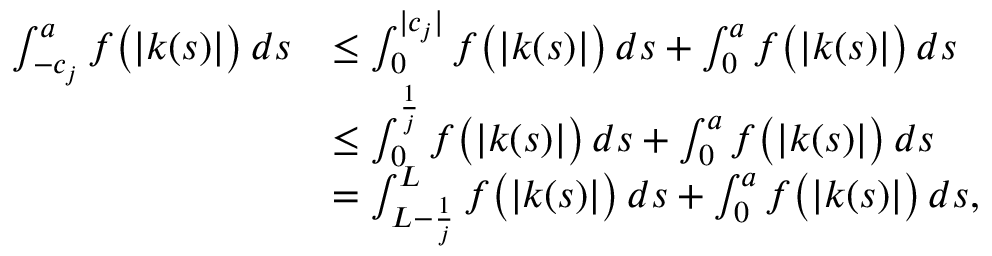
\begin{array} { r l } { \int _ { - c _ { j } } ^ { a } f \big ( | k ( s ) | \big ) \, d s } & { \leq \int _ { 0 } ^ { | c _ { j } | } f \big ( | k ( s ) | \big ) \, d s + \int _ { 0 } ^ { a } f \big ( | k ( s ) | \big ) \, d s } \\ & { \leq \int _ { 0 } ^ { \frac { 1 } { j } } f \big ( | k ( s ) | \big ) \, d s + \int _ { 0 } ^ { a } f \big ( | k ( s ) | \big ) \, d s } \\ & { = \int _ { L - \frac { 1 } { j } } ^ { L } f \big ( | k ( s ) | \big ) \, d s + \int _ { 0 } ^ { a } f \big ( | k ( s ) | \big ) \, d s , } \end{array}